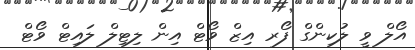
އޯލް ވީ ލުކިންގް ފޯރ އިޒް ވޯޓް އިން ލިޓިލް ލައިޓް ވޯޓް